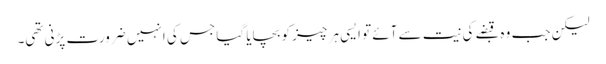
لیکن جب وہ قبضے کی نیت سے آئے تو ایسی ہر چیز کو بچایا گیا جس کی انہیں ضرورت پڑنی تھی۔